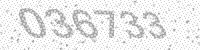
Solution: 036733